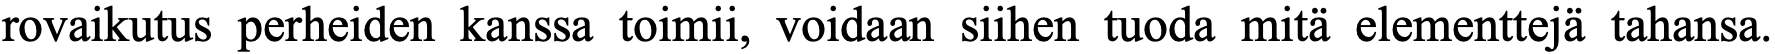
rovaikutus perheiden kanssa toimii, voidaan siihen tuoda mitä elementtejä tahansa.